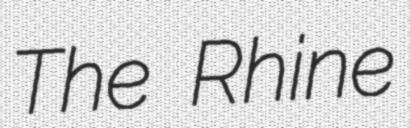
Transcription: The Rhine